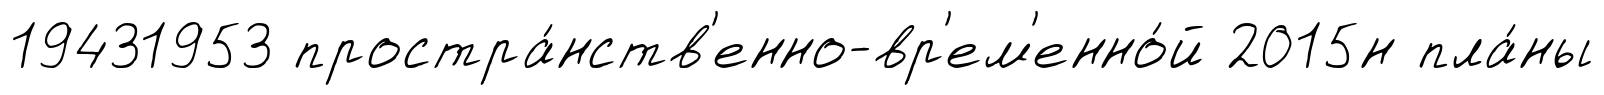
19431953 простра́нств'енно-вр'ем'енно́й 2015н пла́ны